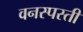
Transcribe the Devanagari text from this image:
वनस्पस्ती